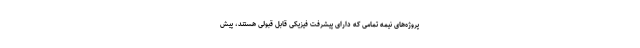
پروژه‌های نیمه تمامی که دارای پیشرفت فیزیکی قابل قبولی هستند، پیش